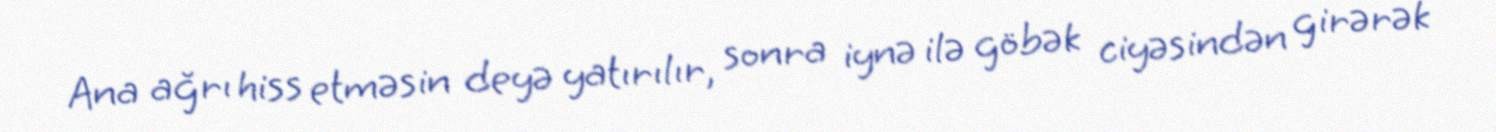
Ana ağrı hiss etməsin deyə yatırılır, sonra iynə ilə göbək ciyəsindən girərək